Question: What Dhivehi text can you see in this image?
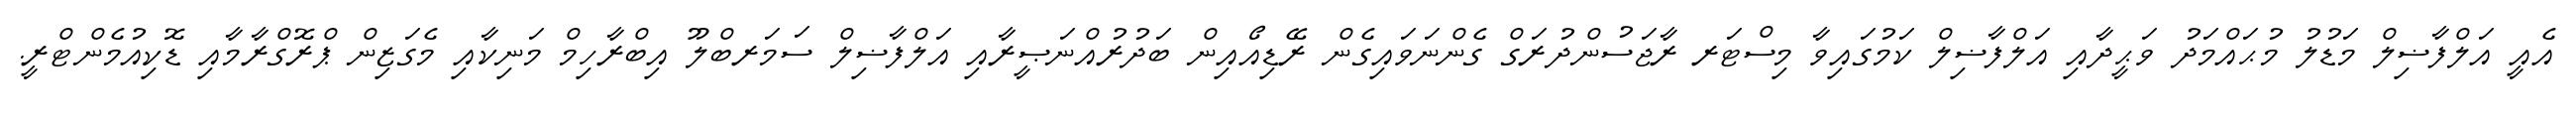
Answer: އެއީ އަލްފާޟިލް މަޑުލު މުޙައްމަދު ވަޙީދާއި އަލްފާޟިލް ކަމުގައިވާ މިސްޓަރ ރާޖަސުންދުރަގް ގެންނަވައިގެން ރޭޑިއޯއިން ބަދުރުއްނަޞީރާއި އަލްފާޟިލް ސަމަރބްލޫ އިބްރާހިމް މަނިކާއި މެގަޒިން ޕްރޮގްރާމާއި ޑޮކިއުމެންޓްރީ.